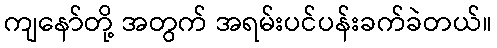
ကျနော်တို့ အတွက် အရမ်းပင်ပန်းခက်ခဲတယ်။